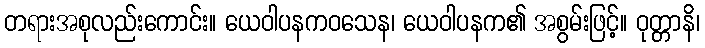
တရားအစုလည်းကောင်း။ ယေဝါပနကဝသေန၊ ယေဝါပနက၏ အစွမ်းဖြင့်။ ဝုတ္တာနိ၊